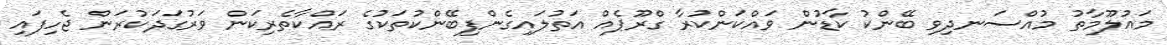
މައުލޫމާތު މުއްސަނދިވި ބޭންކު ކާޑުން ވައްކަންކުރާ ގްރޫޕެއް އަތުލައިގެންފިބޭންކުތަކުގެ ރައްކާތެރިކަން ވަރުގަދަކުރަން ޖެހިފައި